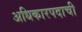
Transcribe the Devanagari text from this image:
अधिकारपदाची